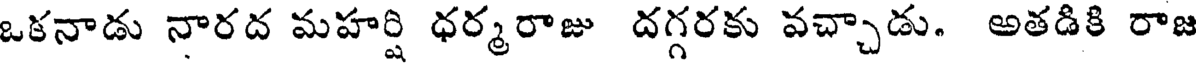
ఒకనాడు నారద మహర్షి ధర్మరాజు దగ్గరకు వచ్చాడు. అతడికి రాజ